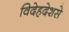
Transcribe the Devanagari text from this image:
विदेहदेशसे